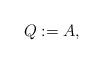
LaTeX: \begin{align*}Q:= A,\end{align*}